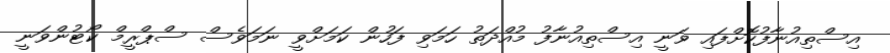
އިސްތިއުނާފުކޮށްފައި ވަނީ އިސްތިއުނާފު މުއްދަތު ހަމަވި ފަހުން ކަމަށްވީ ނަމަވެސް ސްޕްރީމް ކޯޓުންވަނީ